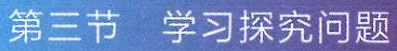
第三节 学习探究问题